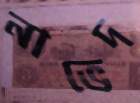
নাভেদ